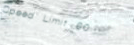
Speed Limit 60